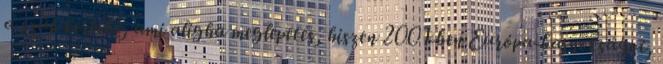
a szűk keretbe, ami aligha meglepetés, hiszen 2001-ben Európa-bajnokságot,